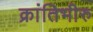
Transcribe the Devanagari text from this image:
क्रांतिभीरु